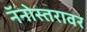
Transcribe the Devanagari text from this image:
नॅनोस्तरावर